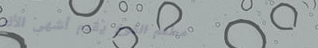
مطعم الفوخ يقدم أشهى الأك